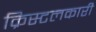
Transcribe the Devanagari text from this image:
क्रिस्टलकारी